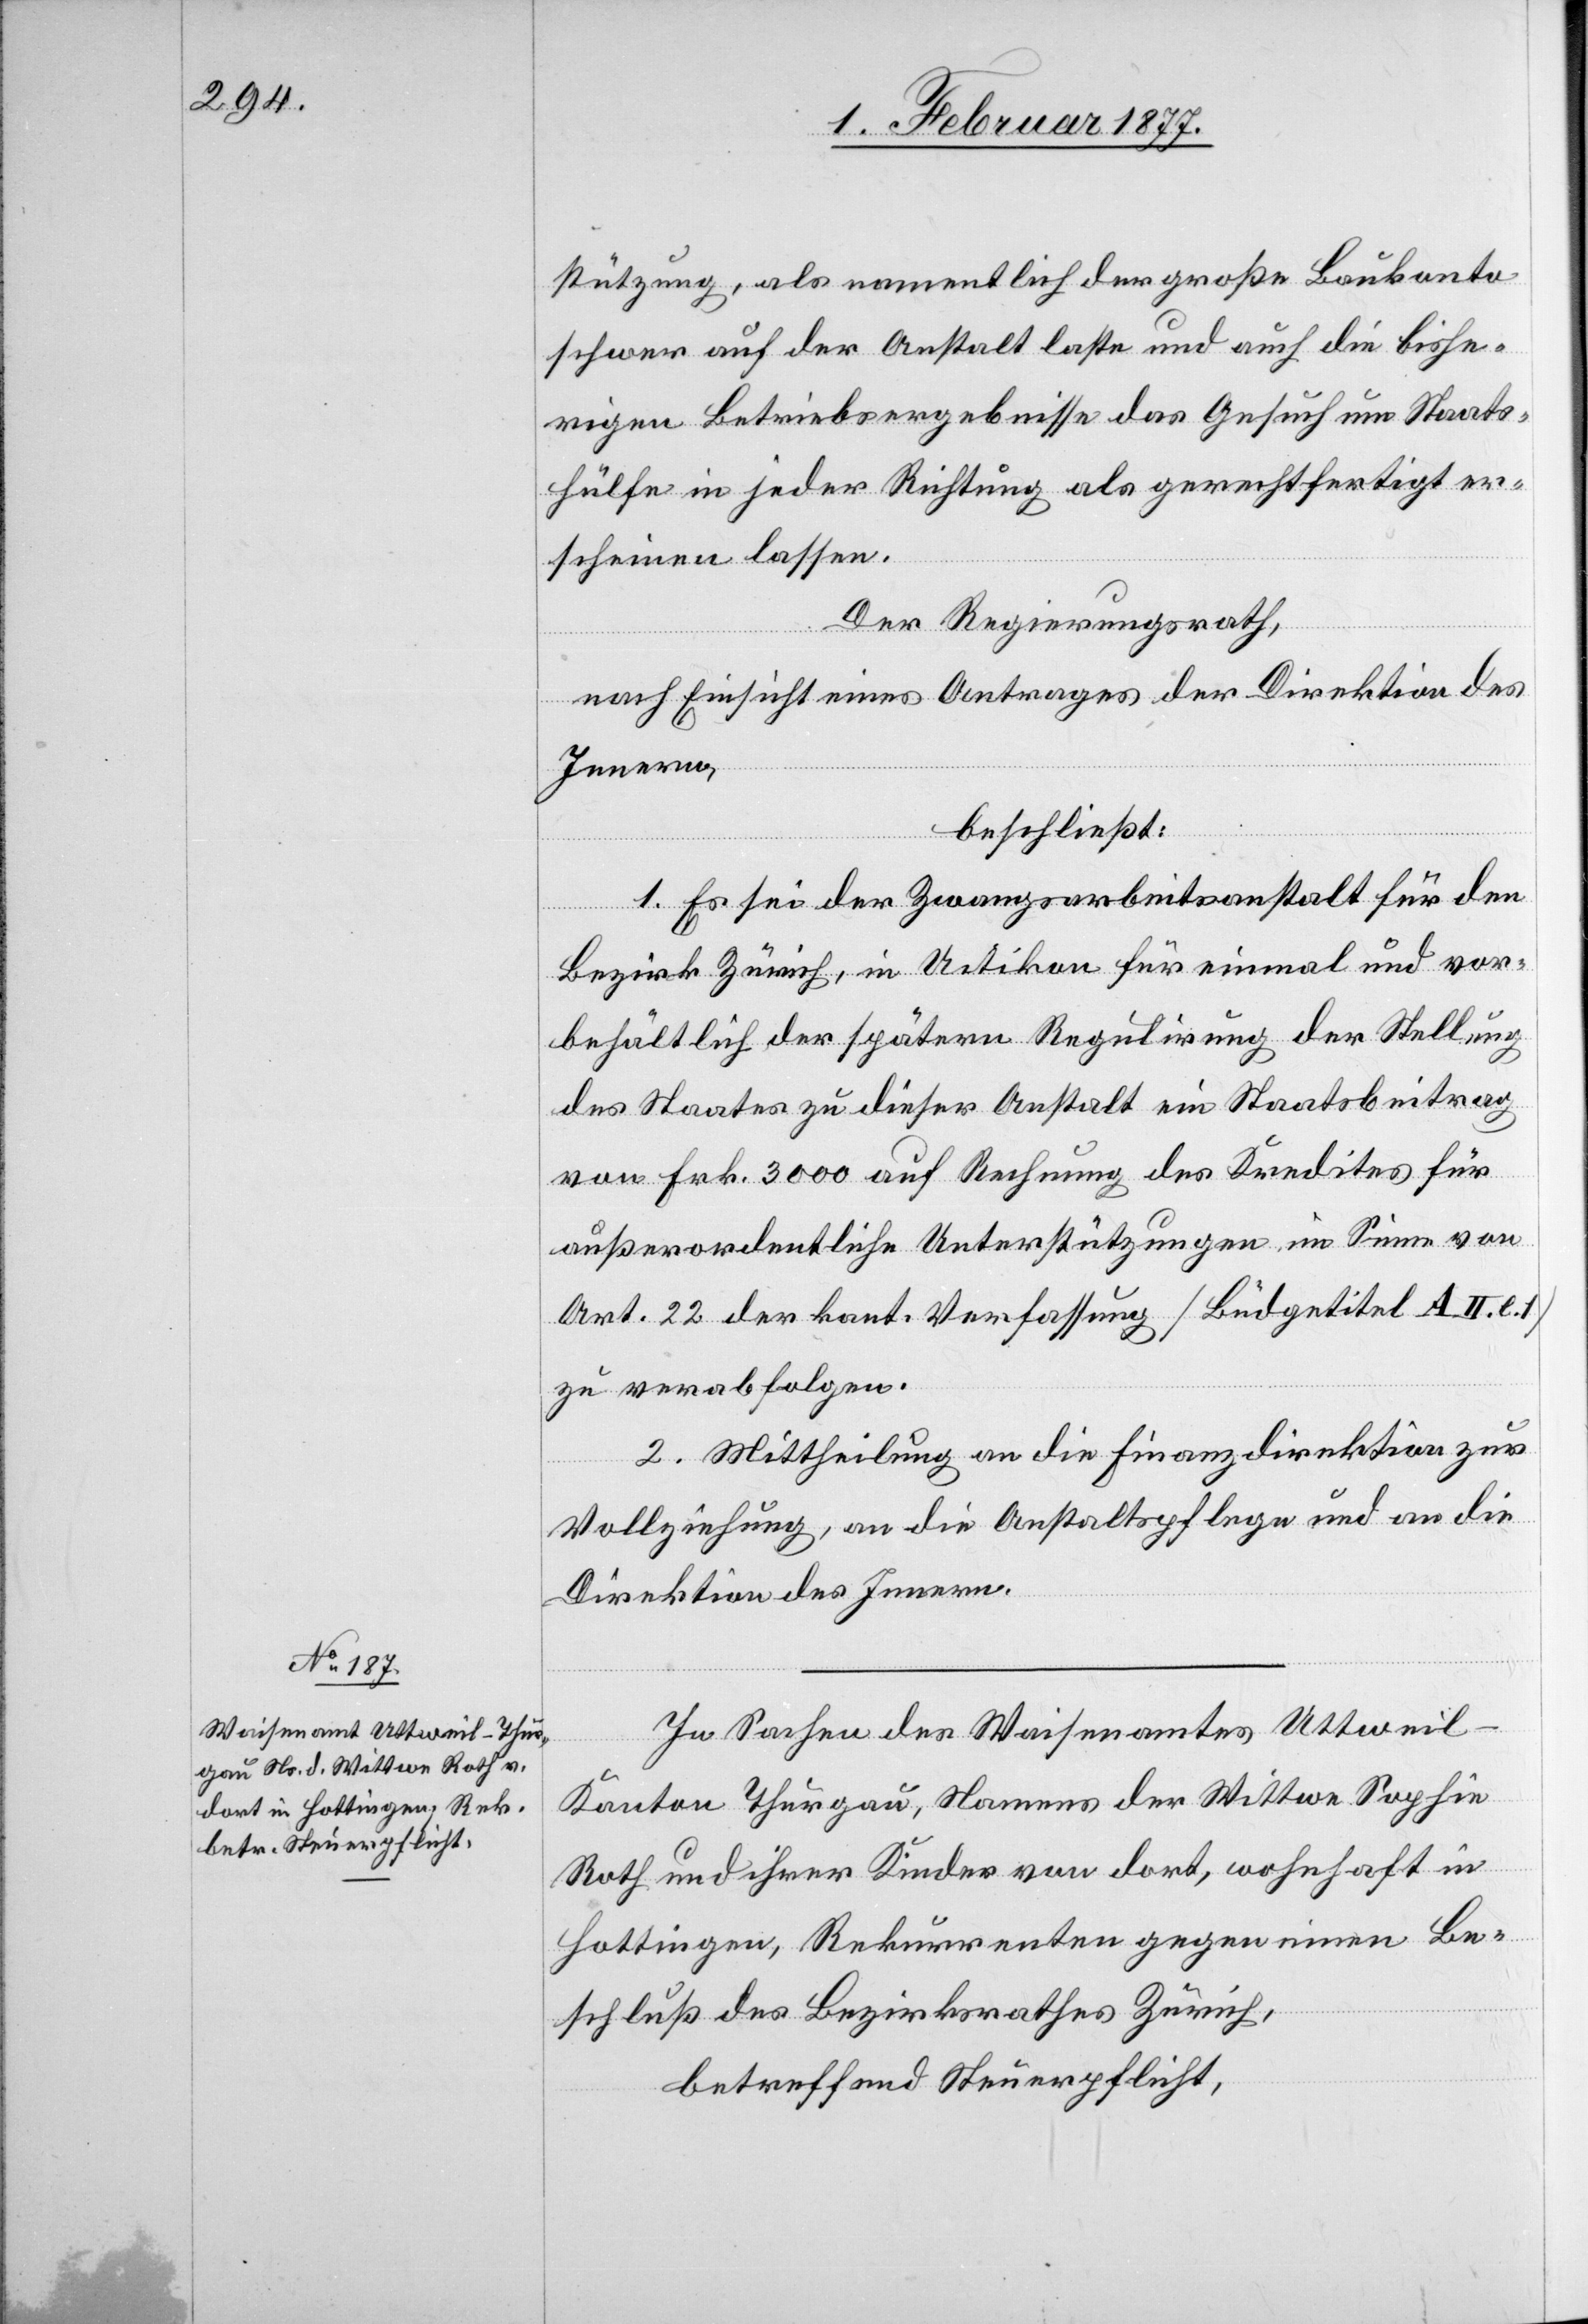
stützung, als namentlich der große Baukonto
schwer auf der Anstalt laste und auch die bishe¬
rigen Betriebsergebnisse das Gesuch um Staats¬
hülfe in jeder Richtung als gerechtfertigt er¬
scheinen lassen.
Der Regierungsrath,
nach Einsicht eines Antrages der Direktion des
Innern,
beschließt:
1. Es sei der Zwangsarbeitsanstalt für den
Bezirk Zürich, in Uitikon für einmal und vor¬
behältlich der spätern Regulirung der Stellung
des Staates zu dieser Anstalt ein Staatsbeitrag
von Frk. 3000 auf Rechnung des Kredites für
außerordentliche Unterstützungen im Sinne von
Art. 22 der kant. Verfassung [Büdgetitel A. II. e.
zu verabfolgen.
2. Mittheilung an die Finanzdirektion zur
Vollziehung, an die Anstaltspflege und an die
Direktion des Innern.
In Sachen des Waisenamtes Uttweil
Kanton Thurgau, Namens der Wittwe Sophie
Roth und ihrer Kinder von dort, wohnhaft in
Hottingen, Rekurrenten gegen einen Be¬
schluß des Bezirksrathes Zürich,
betreffend Steuerpflicht,